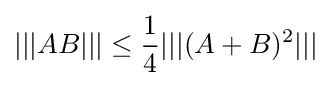
|||AB|||\leq {\frac {1}{4}}|||(A+B)^{2}|||